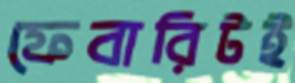
ফেবারিটই